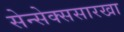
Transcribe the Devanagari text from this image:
सेन्सेक्ससारखा